Medical and sanitary report of the native army of Bengal for the year
Year: 1875
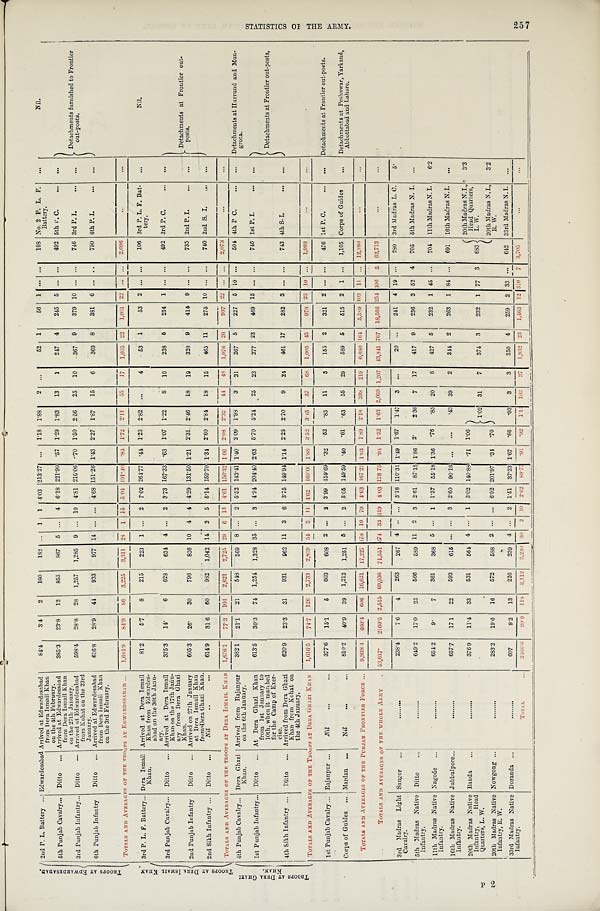
T R O O P S A T E D W A R D E S A B A D . 2nd P. L. Battery ... Edwardesabad Arrived at Edwardesabad
from Dera Ismai l Khan on t he 4t h February.
84.4
3.4 2
180
182
. . . 1 1 4.03 213.27 ... 1.18 1.88 2 ...
52 1
56 1 ... ...
108 No. 2 P. L. F.
Battery.
. . .
Nil.
5th Punjab Cavalry ... Ditto ...
Arrived at Edwardesabad
from Dera Ismail Khan
on the 27th January.
385.3 23.8 12
855 867 5 ... 4 6.18 221.90 . 57 1.29 1.83 13
1
247 4
245 5 ... ...
492 5th P. C.
. . . ...
Detachments furnished to Frontier
out-posts.
3rd Punjab Infantry ... Ditto —
Arrived at Edwardesabad
from Kohat on the 23rd
January.
598.4 28.8 28 1,257 1,285 9 ... 10 4.81 216.06 .70 1.50 2.56 25 10
367 9
379 10 ... ...
746 3rd P. I.
. . .
. . .
6th Punjab Infantry Ditto ... Arrived at Edwardesabad
from Dera Ismail Khan
on the 3rd February.
616.8 28.9 44 933
977 14 ... ... 4.68 151.26 1.43 2.27 1.87 15
6
369 8
381 6 ... ..
750 6th P. I.
. . .
. . .
TOTALS AND AVERAGES OF THE TROOPS AT EDWARDESABAD ... 1,684.9
8 4 . 9 8 6 3,225 3,311 28 1 15 5.04 191.40
. 8 4 1.72 2.11 55 17 1,035 2 2 1,061 22 . . .
. . . 2.096 ...
...
T R O O P S A T D E R A I S M A I L K H A N . 3rd P. L. F. Battery ... Dera Ismail
Khan.
Arrived at Dera Ismail
Khan from Edwardes-
abad on the 30th Janu-
ary.
81.2
5.7
8 215
223 1 ... 2 7.02 264.77 . 44 1.23 2.82 ...
4
53 1
53 2 ... ...
106 3rd P. L. F. Bat-
tery.
...
Nil.
3rd Punjab Cavalry... Ditto ... Arrived at
Dera Ismail
K h a n o n t h e 1 7 t h J a n u -
ary from Dera Ghazi
Khan.
375.3 14.
6
628
634 4 ... 2 3.73 167.33 . 63 1.07 1.22
8
10
238 5
254 1 ... ...
492 3rd P. C.
... ...
Detachments at Frontier out-
posts .
2nd Punjab Infantry Ditto ... Arrived on 27th January
at Dera Ismail Khan
from Dera Ghazi Khan.
605.3 26. 30
796
826 10 4 4 4.29 131.50 1.21 2.31 2.46 18 19
320 9
415 9 ... ...
735 2nd P. I.
... ...
2nd Sikh Infantry ... Ditto ...
Nil
. . ...
614.9 31.6 60
982 1,042 14 2 5 5.14 159.70 1.34 2.60 2.84 18 15
465 11
275 10 ... ...
740 2nd S. I. ... ...
TOTALS AND AVERAGES OF THE TROOPS AT DERA ISMAIL KHAN 1,676.7 77.3 104 2,621 2,725 29 6 13 4.61 156.32 1 06 2.08 2.32
4 4 48 1,076 26 997 22 ... ... 2,073 ...
...
T R O O P S A T D E R A G H A Z I
KHAN. 4th Punjab Cavalry... Dera Ghazi
Khan.
Arrived from Rajanpur
on the 6th January.
382.1 21.1 21
548
569 8 ... 2 5.52 143.41 1.40 2.09 1.98
3 21
267 5
227 5 10 ...
504 4th P C.
... ... Detachments at Hurrund and Mun-
grota.
1st Punjab Infantry ... Ditto ... At Dera Ghazi Khan
from 1st January to
10th, when it marched
for the Camp of Exer-
c i s e .
613.5 30.3 74 1,254 1,328 35 ... 3 4.94 204.40 2.63 5.70 5.24 25 23
277 23
469 15 ... ...
746 1st P. I.
... ...
Detachments at Frontier out- posts,
4th Sikh Infantry ... Ditto ... Arrived from Dera Ghazi
Khan from Kohat on
the 4th January.
620.9 23.3 31
931
962 11 3 6 3.75 149.94 1.14 2.25 2.70 9 24 461 17
282 3 ... ...
743 4th S. I.
... ...
TOTALS AND AVERAGES OF THE TROOPS AT DERA GHAZI KHAN 1, 616. 5
74.7 126 2,733 2,859 5 4 3 11 4.62 169.06 1.88 3.52 3.45 37
6 8
1,005 45 978
2 3 1 0 ... 1,993 ...
...
1st Punjab Cavalry ... Rajanpur ...
Nil
. . .
. . .
377.6 15.1
5
603
608 2 ... 2 3.99 159.69 . 32 .52
. 8 3 11
3
155 2
321 2 ... ...
476 1st P. C.
. . . . . . Detachments at Frontier out-posts.
Corps of Guides ... Mardan ...
Nil
. . .
. . .
810.2 40.9 39 1,212 1,251 5 ... 2 5.05 149.59 . 40 .61 .63 55 29
589 5
515 2 1 ... 1,105 Corps of Guides
. . . Detachments at Peshawar, Yarkand,
Abbottabad and Lahore.
TOTALS AND AVERAGES OF THE PUNJAB FRONTIER FORCE . . . 9,938.4 460.4 606 16,621 17,227 178 10 79 4.63 167.24 1.03 1.89 2.18 399 219 6,680 164 5,589 103 11 ... 12,280
. . .
...
TOTALS AND AVERAGES OF THE WHOLE ARMY 53, 617.
2160.5 2,515 69,036 71,551 674 33 319 4.03 128.75 .94 1.32
1 . 6 3 2,069 1,267 43,841 767 18,566 254 306 5 62,713
...
...
3rd Madras Light
Cavalry.
Saugor ...
.........
238.4
7.6
4
263
267 4 .. ... 3.18 110.31 1.49 1.67 1.47 3 ...
20 ...
241 4 19 . . . 280 3rd Madras L. C.
5.
5th Madras Native
Infantry.
Ditto
. . .
......... 649.2 17.0 23
566
589 11 2 3 2.61 87.18 1.86 2.
2.36 7 17
417 9
236 3 52 4 705 5th Madras N. I. ...
11th Madras Native
Infantry.
Nagode ...
......... 654.2
9.
7
361
368 5 . . . 1 1.37 55.18 1.36 .76 .85 20
8
427 5
232 1 45
. . . 704 11th Madras N. I.
6.2
16th Madras Native
Infantry.
Jubbulpore...
......... 657.7 17 1 22
593
615 . . . . . . 3 2.60 90.16 ... ...
.43 39
2
344 2
263 1 84 ... 691 16th Madras N. I. ...
20th Madras Native
Infantry, Head
Quarters, L. W.
Banda ...
......... 376.9 11.4 33
531
564 4 . . . 1 3.02 140.88 . 71 1.06
1 . 0 2 31
7
374 3
232 1 77 3 683
20th Madras N. I.,
Head Quarters,
L. W.
3.3
20th Madras Native
Infantry, R. W.
Nowgong ...
......... 283.2 19.6 16
572
588 2 . . . ... 6.92 201.97 . 34 .70
20th Madras N.I.,
R. W.
3.2
33rd Madras Native
Infantry.
Doranda ...
......... 607
9.2 13
226
239 4 . . . 2 1.51 37.23 1.67 .66 .93 3
3
350 4
259 2 33 . . . 642 33rd Madras N. I.
. . .
TOTAL
. . . 3466.6
9 0 . 9 1 1 8 3,112 3,230 3 0 2 1 0 2.62 89.77
. 9 1 .92 1 . 1 4 103
3 7 1,932 23 1,463 12 310 7 3,705 ...
S T A T I S T I C S O F T H E A R M Y .
257